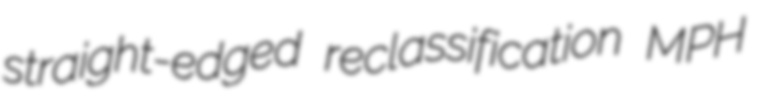
straight-edged reclassification MPH